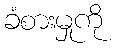
ခံစားမှုကို